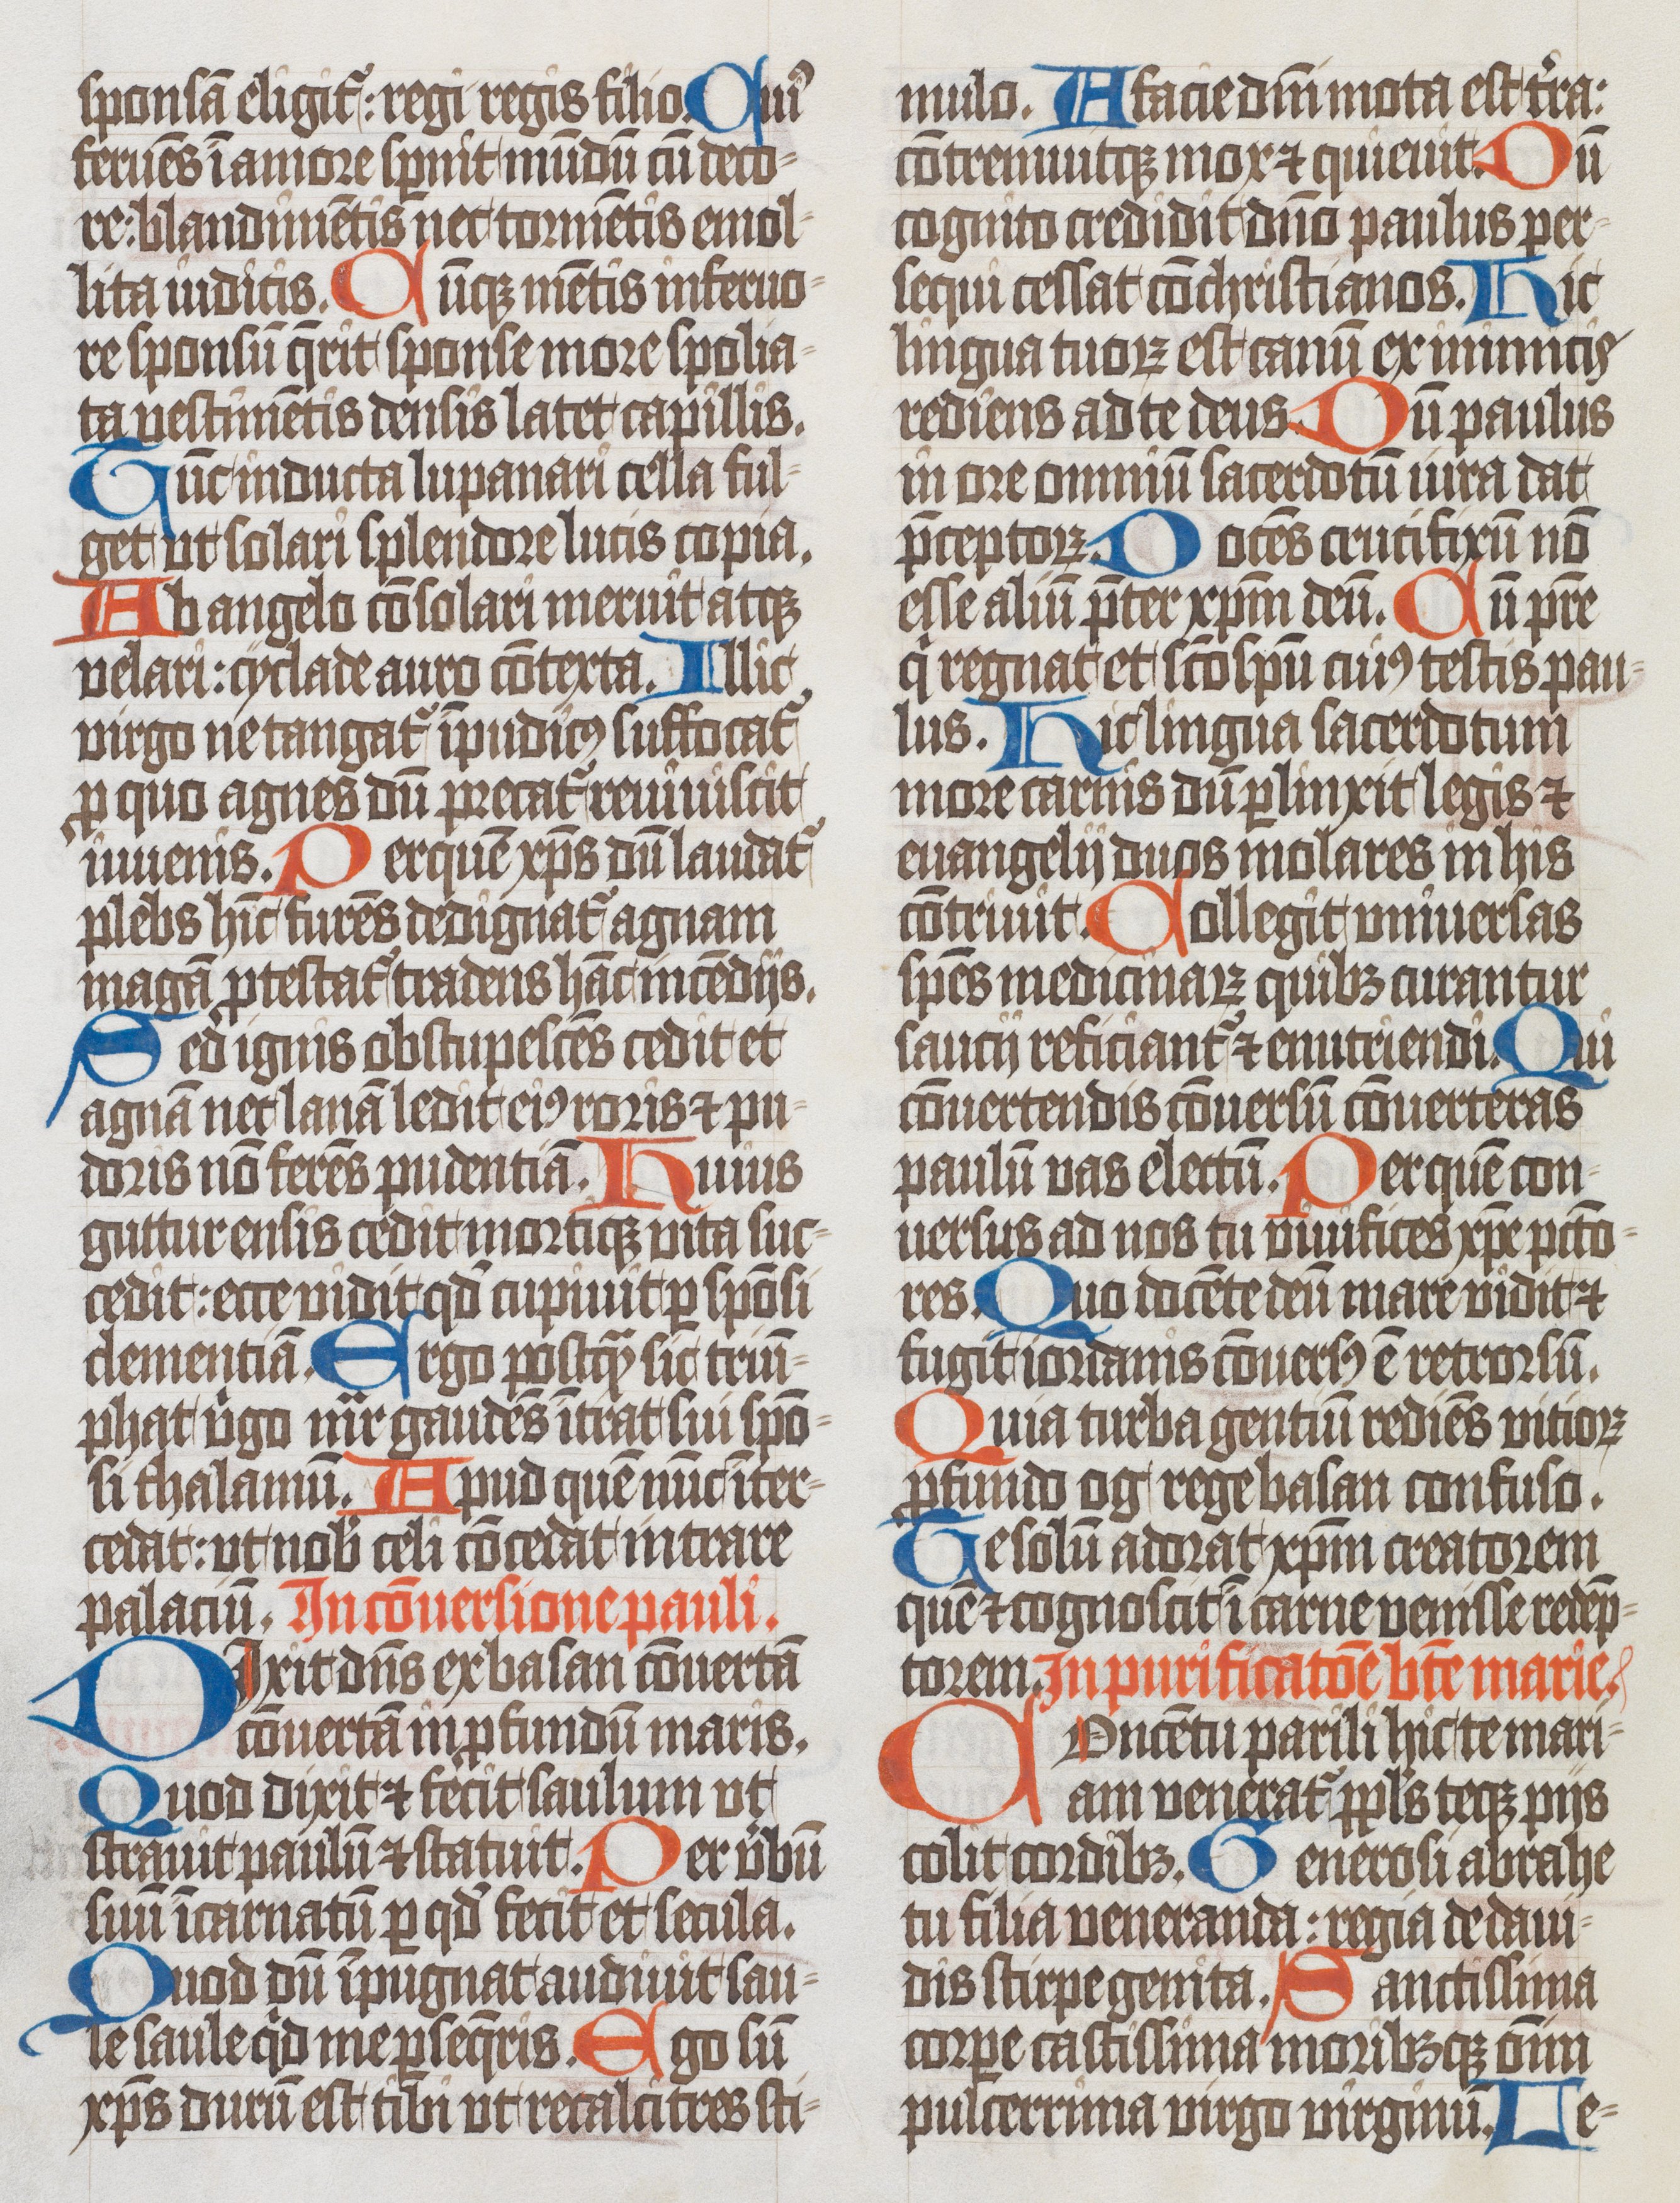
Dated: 1400–1499